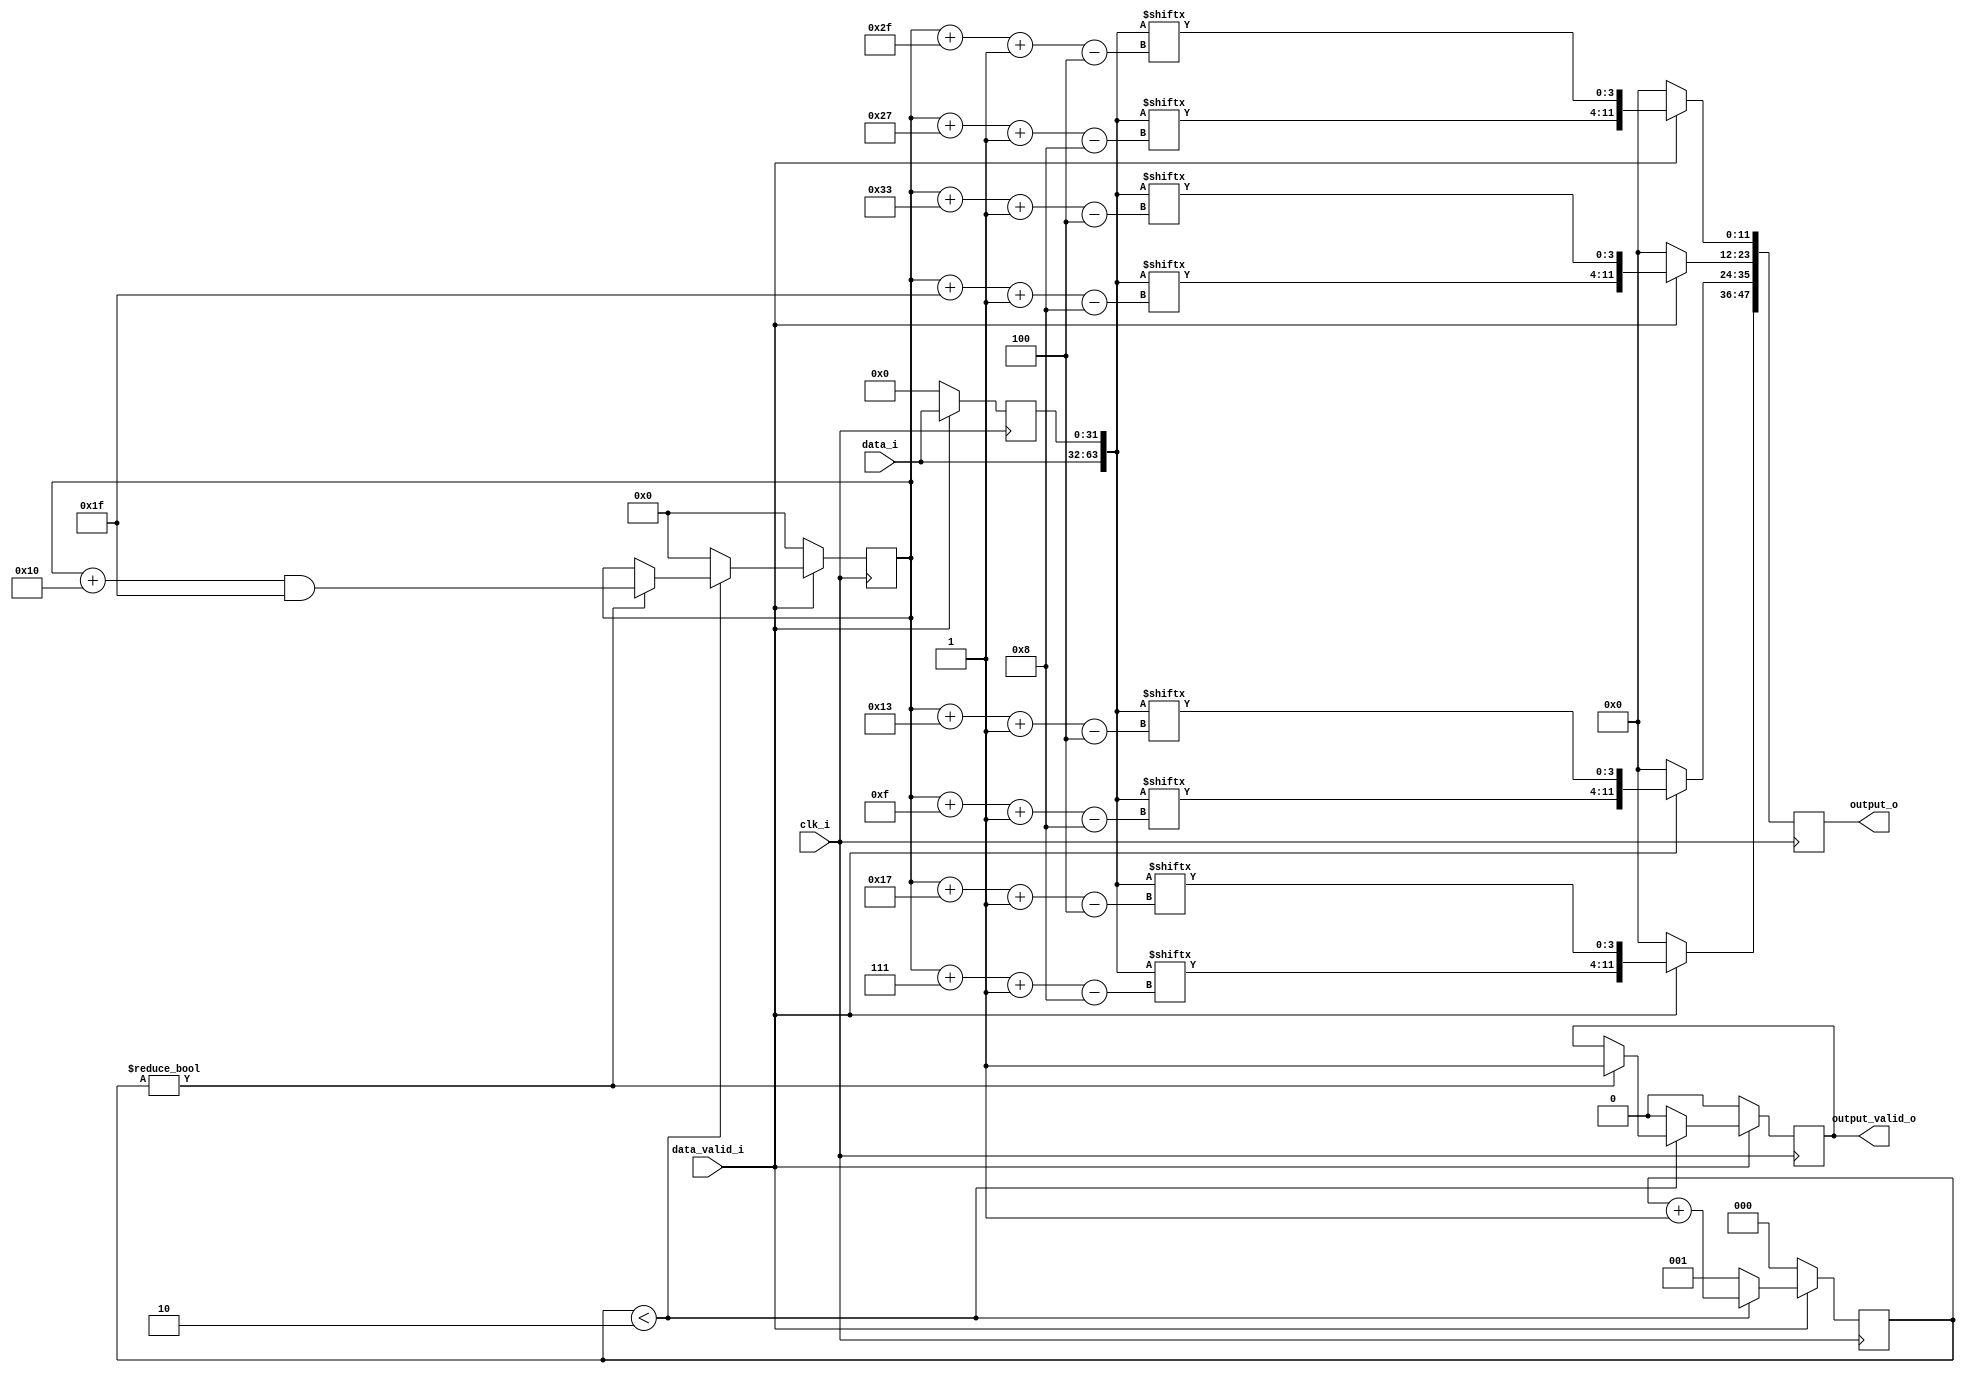
`timescale 1ns/1ns

/*
MIPI CSI RX to Parallel Bridge (c) by Gaurav Singh www.CircuitValley.com

MIPI CSI RX to Parallel Bridge is licensed under a
Creative Commons Attribution 3.0 Unported License.

You should have received a copy of the license along with this
work.  If not, see <http://creativecommons.org/licenses/by/3.0/>.
*/

/*
Receives 4 lane raw mipi bytes from packet decoder, rearrange bytes to output 4 pixel 12bit each 
output is one clock cycle delayed, because the way , MIPI RAW12 is packed 
output come in group of 2x48bit chunk on each clock cycle, output_valid_o remains active only while 8 pixel chunk is outputted 
*/

module mipi_rx_raw10_depacker(	clk_i,
								data_valid_i,
								data_i,
								output_valid_o,
								output_o);

localparam [2:0]TRANSFERS_PERPACK = 3'h2; // RAW 12 is packed <Sample0[10:4]> <Sample1[10:4]> <Sample1[3:0], Sample0[3:0]><Sample2[10:4]> <Sample3[10:4]> <Sample3[3:0],Sample2[3:0]>
input clk_i;
input data_valid_i;
input [31:0]data_i;
output reg output_valid_o;
output reg [47:0]output_o; 

reg [7:0]offset;
reg [2:0]byte_count;
reg [31:0]last_data_i;

wire [63:0]word;
assign word = {data_i,last_data_i}; //would need last bytes as well as current data to get full 4 pixel

always @(posedge clk_i)
begin
	
	if (data_valid_i)
	begin
		last_data_i <= data_i;
		//RAW 12 , Byte1 -> Byte2 -> Byte3 -> Byte4 -> [ LSbB4[1:0] LSbB3[1:0] LSbB2[1:0] LSbB1[1:0] ]
		output_o[47:36] <= 	{word [(offset + 7) -:8], 	word [(offset + 23) -:4]}; 		//lane 1
		output_o[35:24] <= 	{word [(offset + 15) -:8], 	word [(offset + 19) -:4]};		
		output_o[23:12] <= 	{word [(offset + 31) -:8], 	word [(offset + 51) -:4]};
		output_o[11:0] 	<= 	{word [(offset + 39) -:8], 	word [(offset  + 47) -:4]};		//lane 4
		
		if (byte_count < (TRANSFERS_PERPACK))
		begin
			byte_count <= byte_count + 1'd1;
			if (byte_count )
			begin
				offset <= ((offset + 8'd16) & 8'h1F);
				output_valid_o <= 1'h1;
			end
		end
		else
		begin
			
			offset <= 8'h0;
			byte_count <= 4'b1;		//this byte is the first byte
			output_valid_o <= 1'h0;
		end
	end
	else
	begin
		output_o <= 40'h0;
		last_data_i <= 1'h0;
		offset <= 8'h0;
		byte_count <= 3'b0;
		output_valid_o <= 1'h0;
	end
end

endmodule